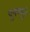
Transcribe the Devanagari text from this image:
पुनप्पुनं